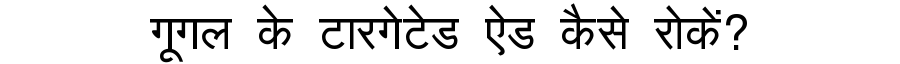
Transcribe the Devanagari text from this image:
गूगल के टारगेटेड ऐड कैसे रोकें?